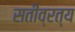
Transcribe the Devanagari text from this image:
सतीव्रत्य